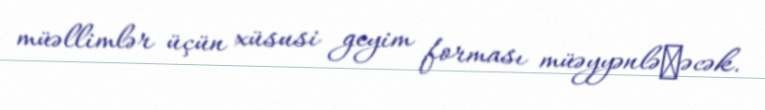
müəllimlər üçün xüsusi geyim forması müəyyənləєəcək.